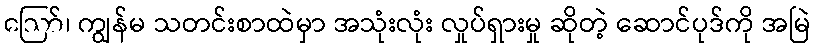
ဪ၊ ကျွန်မ သတင်းစာထဲမှာ အသုံးလုံး လှုပ်ရှားမှု ဆိုတဲ့ ဆောင်ပုဒ်ကို အမြဲ